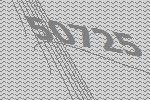
50725